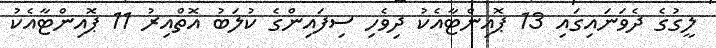
ލީގުގެ ދެވަނައިގައި 13 ޕޮއިންޓާއެކު ދިވެހި ސިފައިންގެ ކުލަބު އޮތްއިރު 11 ޕޮއިންޓާއެކު